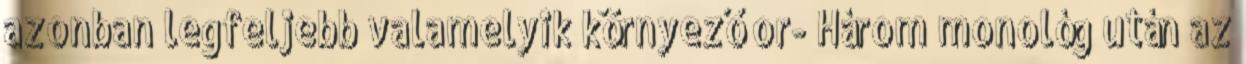
azonban legfeljebb valamelyik környező or- Három monológ után az